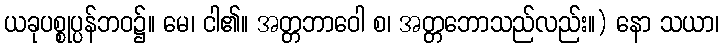
ယခုပစ္စုပ္ပန်ဘဝ၌။ မေ၊ ငါ၏။ အတ္တဘာဝေါ စ၊ အတ္တဘောသည်လည်း။) နော သယာ၊